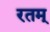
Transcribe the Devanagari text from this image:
रतम्